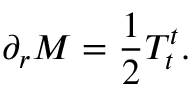
\partial _ { r } M = { \frac { 1 } { 2 } } T _ { t } ^ { t } .